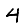
Digit: 4